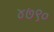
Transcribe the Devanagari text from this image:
४७९०